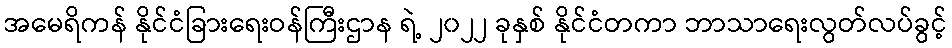
အမေရိကန် နိုင်ငံခြားရေးဝန်ကြီးဌာန ရဲ့ ၂၀၂၂ ခုနှစ် နိုင်ငံတကာ ဘာသာရေးလွတ်လပ်ခွင့်